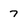
Character: 7